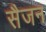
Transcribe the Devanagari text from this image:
सैजन